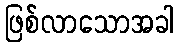
ဖြစ်လာသောအခါ